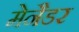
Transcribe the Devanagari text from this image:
मेनैडर